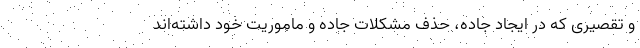
و تقصیری که در ایجاد جاده، حذف مشکلات جاده و ماموریت خود داشته‌اند